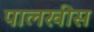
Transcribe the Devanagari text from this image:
पालखीस